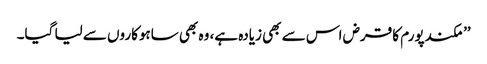
’’مکندپورم کا قرض اس سے بھی زیادہ ہے، وہ بھی ساہوکاروں سے لیا گیا۔